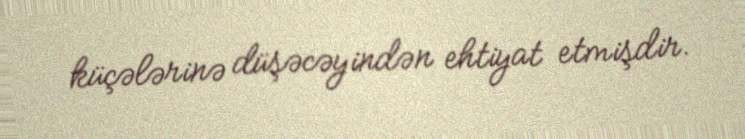
küçələrinə düşəcəyindən ehtiyat etmişdir.